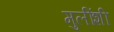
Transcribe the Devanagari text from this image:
मुलींशी